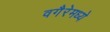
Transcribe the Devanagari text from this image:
वगैरेमध्ये